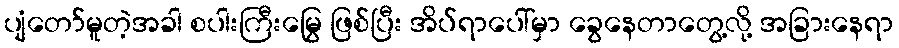
ပျံတော်မူတဲ့အခါ စပါးကြီးမြွေ ဖြစ်ပြီး အိပ်ရာပေါ်မှာ ခွေနေတာတွေ့လို့ အခြားနေရာ